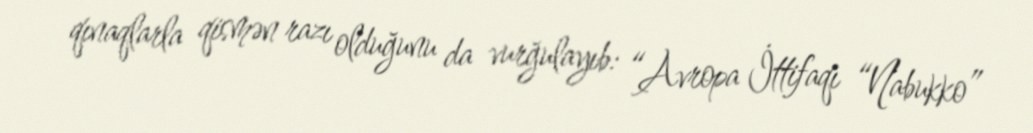
qınaqlarla qismən razı olduğunu da vurğulayıb: “Avropa İttifaqı “Nabukko”